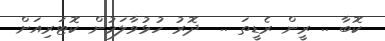
ކޮބާ .. ރީން ރެޑީތަ ..  ދޮރު ހުޅުވާލަމުން ކޮޓަރިއަށް